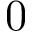
0